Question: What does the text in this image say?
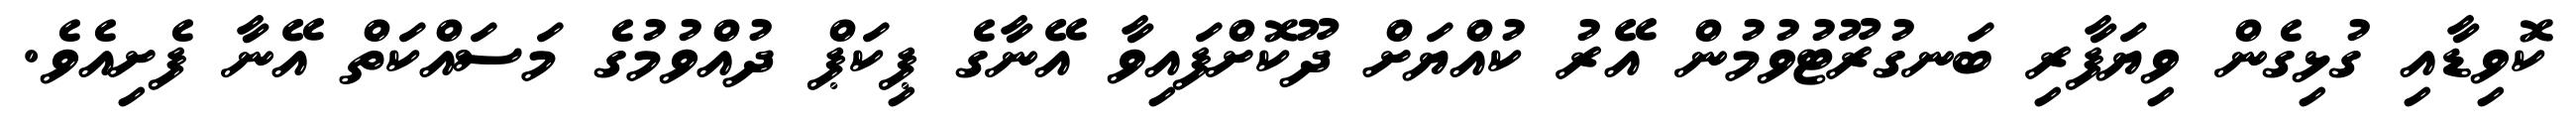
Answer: ކޮވިޑާއި ގުޅިގެން ވިޔަފާރި ބަނގުރޫޓުވުމުން އޭރު ކުއްޔަށް ދޫކޮށްފައިވާ އޭނާގެ ޕިކަޕް ދުއްވުމުގެ މަސައްކަތް އޭނާ ފެށިއެވެ.